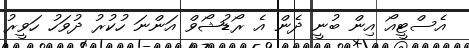
އެސްޓީއޯ އިން ބުނީ ދެން އެ ރޯޑުޝޯވް އަންނަ ހުކުރު ދުވަހު ހަވީރު